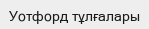
Уотфорд тұлғалары